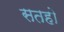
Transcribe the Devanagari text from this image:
सतहो